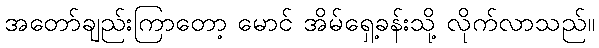
အတော်ချည်းကြာတော့ မောင် အိမ်ရှေ့ခန်းသို့ လိုက်လာသည်။